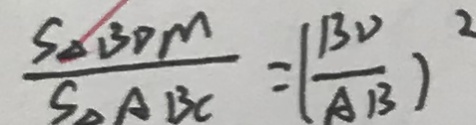
\frac { S _ { \Delta B D M } } { S _ { \Delta A B C } } = ( \frac { B V } { A B } ) ^ { 2 }